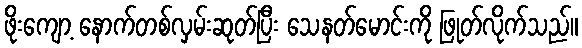
ဖိုးကျော့ နောက်တစ်လှမ်းဆုတ်ပြီး သေနတ်မောင်းကို ဖြုတ်လိုက်သည်။